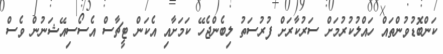
ކަންބޮޑުވުންތައް ހައްލުކުރުމަށް ސަރުކާރަށް ފުރުސަތު ލިބެންޖެހޭ ކަމަށާއި އެކަން ޓީޗާސް އެސޯސިއޭޝަނުން ވެސް